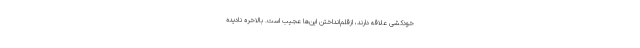
خودکشی علاقه دارند، ازقلم‌انداختن این‌ها عجیب است. بالاخره نادیده